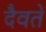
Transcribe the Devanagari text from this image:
दैवतें